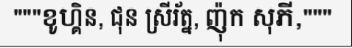
"""ខូហ្គិន, ជុន ស្រីរ័ត្ន, ញ៉ុក សុភី,"""